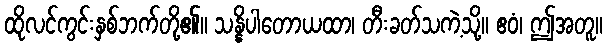
ထိုလင်ကွင်းနှစ်ဘက်တို့၏။ သန္နိပါတောယထာ၊ တီးခတ်သကဲ့သို့။ ဧဝံ၊ ဤအတူ။